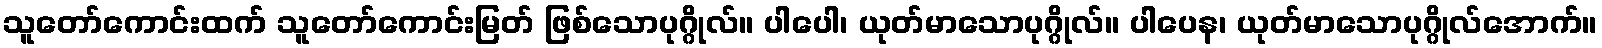
သူတော်ကောင်းထက် သူတော်ကောင်းမြတ် ဖြစ်သောပုဂ္ဂိုလ်။ ပါပေါ၊ ယုတ်မာသောပုဂ္ဂိုလ်။ ပါပေန၊ ယုတ်မာသောပုဂ္ဂိုလ်အောက်။